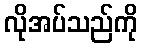
လိုအပ်သည်ကို